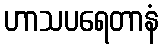
ဟာသပရေတာနံ